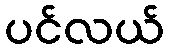
ပင်လယ်